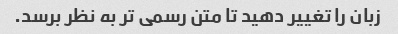
زبان را تغییر دهید تا متن رسمی تر به نظر برسد.